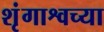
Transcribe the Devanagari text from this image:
शृंगाश्वच्या